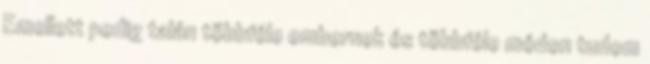
Emellett pedig talán többféle embernek és többféle módon tudom